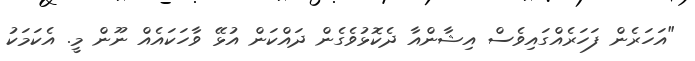
"އަހަރެން ފަހަރެއްގައިވެސް އިޝާންއާ ދެކޮޅުވެގެން ދައްކަން އުޅޭ ވާހަކައެއް ނޫން މީ. އެކަމަކު